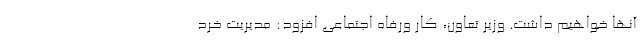
آنها خواهیم داشت. وزیر تعاون، کار ورفاه اجتماعی افزود: مدیریت خرد